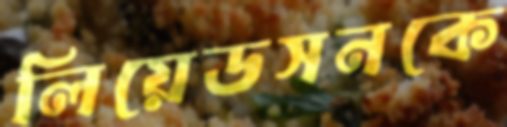
লিয়েডসনকে